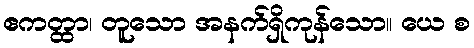
ဧကတ္ထာ၊ တူသော အနက်ရှိကုန်သော။ ယေ စ